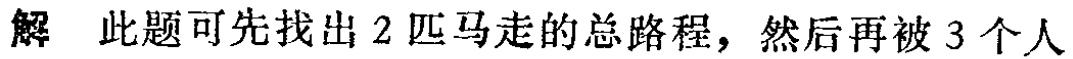
解 此题可先找出 2 匹马走的总路程，然后再被 3 个人